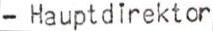
- Hauptdirektor